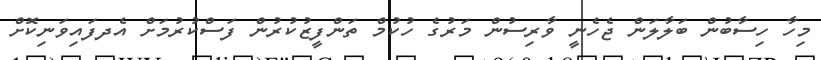
މިހާ ހިސާބުން ބަލާލަން ޖެހެނީ ވާރިސުން މަރުގެ ހުކުމް ތަންފީޒުކުރުން ފަސްކުރުމަށް އެދފައިވަނިކޮށް